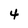
Character: 4